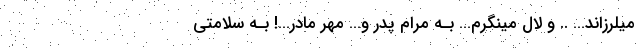
میلرزاند… .. و لال مینگرم… بـه مرام پدر و… مهر مادر…! بـه سلامتی